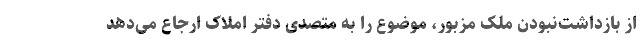
از بازداشت‌نبودن ملک مزبور، موضوع را به متصدی دفتر املاک ارجاع می‌دهد